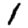
Digit: 1